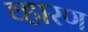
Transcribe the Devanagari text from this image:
व्हारण